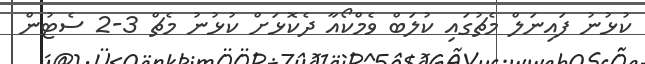
ކުޅުނު ފައިނަލް މެޗުގައި ކުލަބް ވެމްކޯއާ ދެކޮޅަށް ކުޅުނު މެޗް 3-2 ސެޓުން